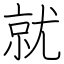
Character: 就